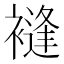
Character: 䙜